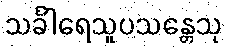
သင်္ခါရေသူပသန္တေသု